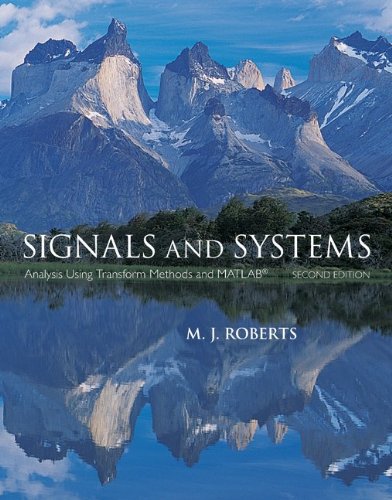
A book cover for Signals and Systems: Analysis Using Transform Methods & MATLAB; M.J. Roberts; Computers & Technology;